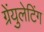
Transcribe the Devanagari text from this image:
ग्रेंयुलेटिंग